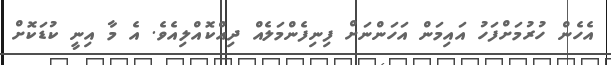
އެހެން ހުރުމަށްފަހު އައިމަން އަހަންނަށް ފިނިފެންމަލެއް ދިއްކޮއްލިއެވެ. އެ މާ އިނީ ކުޑަކޮށް